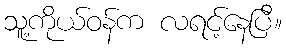
သူ့ကိုယ်ဝန်က လရင့်နေပြီ။